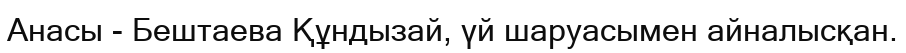
Анасы - Бештаева Құндызай, үй шаруасымен айналысқан.